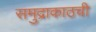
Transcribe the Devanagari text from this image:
समुद्राकाठची